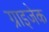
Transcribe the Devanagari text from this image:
ग्राइजेक